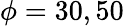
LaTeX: \phi=30,50